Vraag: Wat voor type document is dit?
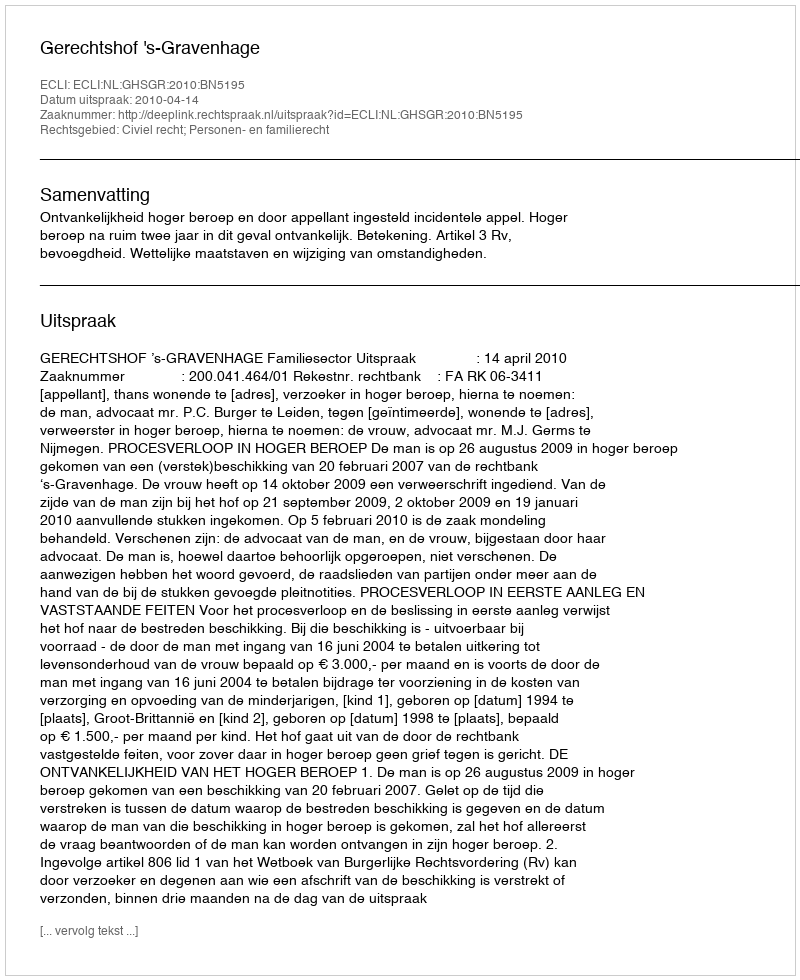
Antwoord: Uitspraak